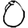
Digit: 0